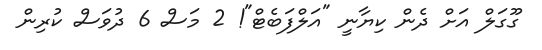
ގޫގަލް އަށް ދެން ކިޔާނީ "އަލްފަބެޓް"! 2 މަސް 6 ދުވަސް ކުރިން